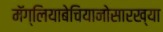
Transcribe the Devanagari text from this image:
मॅग्लियाबेचियानोसारख्या